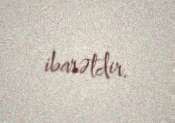
ibarətdir.